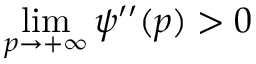
\operatorname* { l i m } _ { p \to + \infty } \psi ^ { \prime \prime } ( p ) > 0